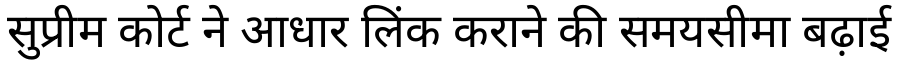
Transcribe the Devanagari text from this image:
सुप्रीम कोर्ट ने आधार लिंक कराने की समयसीमा बढ़ाई